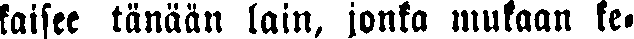
kaisee tänään lain, jonka mukaan ke-